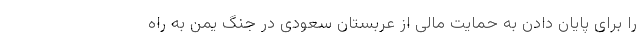
را برای پایان دادن به حمایت مالی از عربستان سعودی در جنگ یمن به راه